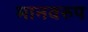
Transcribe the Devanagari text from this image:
मानवरुप